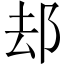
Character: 𨚫